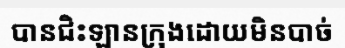
បានជិះឡានក្រុងដោយមិនបាច់